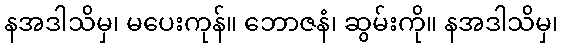
နအဒါသိမှ၊ မပေးကုန်။ ဘောဇနံ၊ ဆွမ်းကို။ နအဒါသိမှ၊